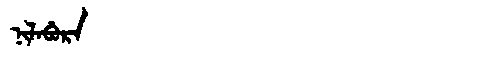
Manchu: ᠨᡳᠯᠠᠪᡠᡵᠠ
Romanization: NILABURA